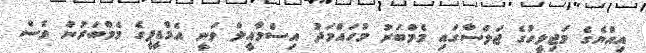
އިއްޔެގެ މަޖިލީހުގެ ޖަލްސާގައި މެމްބަރު މުހައްމަދު އިސްމާއީލް ވަނީ އެމްޑީޕީގެ މެމްބަރުން ވެސް